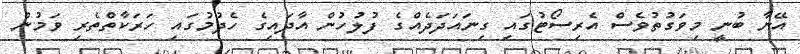
އޭނާ ބުނީ މިވަގުތުވެސް އެރިސޯޓުގައި ގިނައަދަދެއްގެ ފުލުހުން އާދައިގެ ހެދުމުގައި ހަރަކާތްތެރި ވަމުން